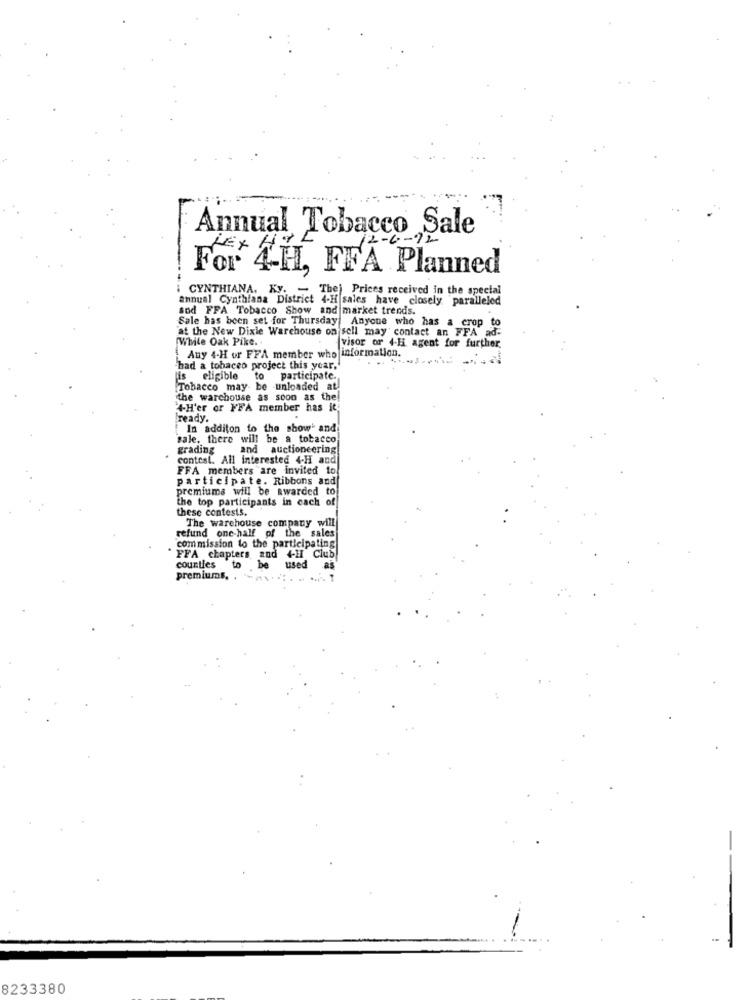
Annual Tobacco Sale
LEX HE
For 4-H, FFA Planned
CYNTHIANA. Ky. - The) Prices received in the special
annual Cynthiana District 4-H sales have closely paralleled
sod FFA Tobacco Show and market trends.
'at the New Dixie Warehouse on sell may contact an FFA ad-
Sale has been set for Thursday Anyone who has a _crop to
While Oak Pike ..
Any 4-H or FFA member who information.
visor or 4-Hi agent for further.
had a tohaceo project this year.
is eligible
to participate.
Tobacco may be unloaded at
the warehouse as soon as the!
4-H'er or FFA member has it
ready.
In additon to the show' and
sale, there will be a tobacco
grading
and auctioneering
contest. All interested 4-H and
FFA members are invited to
participate. Ribbons and
premiums will be awarded to
the top participants in cach of
these contests.
The warehouse company will
refund one-half of the sales
commission to the participating
FFA chapters and 4H Club
counties
to be
used
premiums.
8233380